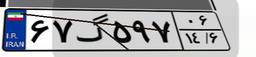
۷۰گ۷۸۹۴۱